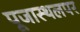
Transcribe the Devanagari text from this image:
पूजास्थलपर